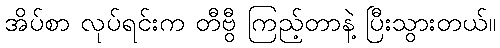
အိပ်စာ လုပ်ရင်းက တီဗွီ ကြည့်တာနဲ့ ပြီးသွားတယ်။